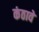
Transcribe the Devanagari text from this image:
कंठावे